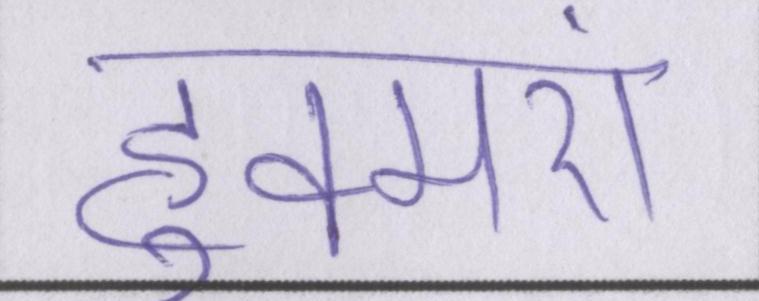
हुक्मरां